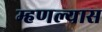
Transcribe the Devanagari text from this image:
म्हणल्यास